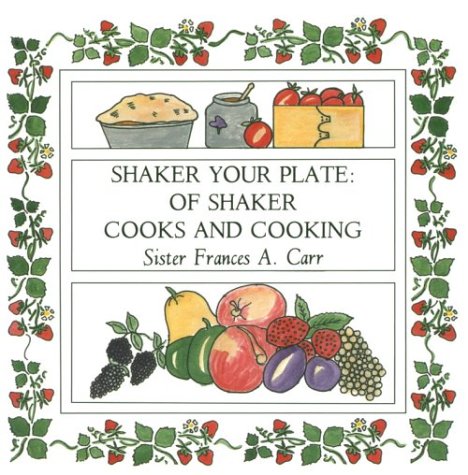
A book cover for Shaker Your Plate: Of Shaker Cooks and Cooking; Sister Frances A. Carr; Christian Books & Bibles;